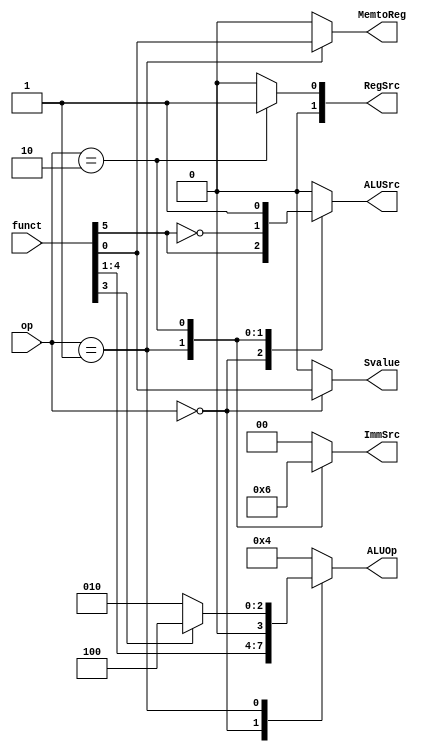
module Decoder (
	//TODO: Write input and output parameters
	input [1:0] op,
	input [5:0] funct,
	output reg MemtoReg,
	output reg ALUSrc,
	output reg [1:0] ImmSrc,
	output reg [1:0] RegSrc,
	output reg [3:0] ALUOp,
	output reg Svalue
	);
	
	always @(*)
	//TODO: Write code for decoder
	/* 
	(1) Data processing instruction 
	(2) Load, Store instruction
	(3) Branch instruction
	*/	
	
    /* 
	-----------------------------------
	   Data processing (Page 10/60  in arm_inst_set_manual2.pdf)
	   funct[5]:Immediate Operand.        0 = source operand is a register.  1 = Unsigned 8 bit immediate value
	   funct[0]:Set condition codes.      0 = do not alter condition codes.  1 = set condition codes.
	
        (From slides. Single-Cycle ARM Processor Design 2nd Term Project Single-cycle Processor)
		RegSrc[0] = 0 : ADD, SUB, CMP, MOV, LDR, STR
			Using Register[inst(19:16)]
		RegSrc[0] = 1 : B, BL
			Using Register[15] for calculating branch target address
		
	-----------------------------------
	   LDR/STR (Page 26/60  in arm_inst_set_manual2.pdf)
	   funct[5]:Immediate Operand.   0 = offset is an immediate value. Unsigned 12 bit immediate offset
	   funct[3]:Up/Down bit.         0 = down; subtract offset from base.   1 = up; add offset to base. 
	   
	   funct[0]:Load/Store bit.      0 = Store to memory. 1 = Load from memory.
				Svalue is the bit which is used for distinguishing LDR and STR instruction. 
	-----------------------------------
	   BL (Page 8/60  in arm_inst_set_manual2.pdf)
	   2s complement 24 bit offset
	*/
	begin
		case (op)
		2'b00: begin // Data processing instruction
			MemtoReg = 1'b0;
			ALUOp = funct[4:1];
			Svalue = funct[0];
			ImmSrc = 2'b00; // Unsigned 8 bit immediate value
			ALUSrc = funct[5];	
			RegSrc = 2'b00; 
		end
		2'b01: begin  // Load, Store instruction
			MemtoReg = funct[0];
			ALUOp = funct[3] ? 4'b0100 : 4'b0010; // add/sub
			//Svalue = funct[0];
			Svalue = 1'b0;			
			ImmSrc = 2'b01; // Unsigned 12 bit immediate offset	offset 
			ALUSrc = ~funct[5];
			RegSrc = 2'b00;
		end
		2'b10: begin  // Branch instruction
			MemtoReg = 1'b0;
			ALUOp = 4'b0100;
			Svalue = 1'b0;
			ImmSrc = 2'b10; // 2s complement 24 bit offset
			ALUSrc = 1'b1;			
			RegSrc = 2'b01;
		end
		default: begin
			MemtoReg = 1'b0;
			ALUOp = 4'b0100;
			Svalue = 1'b0;
			ImmSrc = 2'b00;
			ALUSrc = 1'b0;			
			RegSrc = 2'b00;		
		end		
		endcase
	end
	
endmodule

module ConditionalLogic (
	//TODO: Write input and output parameters
	input [1:0] op,	
	input [5:0] funct,	
	input [3:0] cond,
	input Zero,
	output reg PCSrc,
	output reg RegWrite,
	output reg MemWrite
	);

	//TODO: Write code for the three cases like below
	/* 
	(1) Data processing instruction 
	(2) Load, Store instruction
	(3) Branch instruction
	*/	
	reg cond_true;
	always @(*)
	begin
		case(cond)
		4'b0000: cond_true = Zero;
		4'b0001: cond_true = ~Zero;
		4'b1110: cond_true = 1'b1;
		default: cond_true = 1'b0;
		endcase
	end
	
	always @(*)
	begin
		case(op)
		2'b00: begin // Data processing instruction 
			PCSrc = 1'b0;
			MemWrite = 1'b0;
			RegWrite = cond_true & (funct[4:1] != 4'b1010); // Except CMP
		end
		2'b01: begin  // Load, Store instruction
			PCSrc = 1'b0;
			RegWrite = cond_true & funct[0]; // Load.
			MemWrite = cond_true & (~funct[0]); // Store.
		end
		2'b10: begin  // Branch instruction
			PCSrc = cond_true;
			RegWrite = 1'b0;
			MemWrite = 1'b0;
		end
		default: begin
			PCSrc = 1'b0;
			RegWrite = 1'b0;
			MemWrite = 1'b0;		
		end
		endcase
	end	
	
endmodule

module ControlUnit(
	input[3:0] NZCV,
	input[3:0] cond,
	input[1:0] op,
	input[5:0] funct,
	output[3:0] ALUOp,
	output[1:0] ImmSrc,
	output[1:0] RegSrc,
	output PCSrc,
	output RegWrite,
	output MemWrite,
	output MemtoReg,
	output ALUSrc,
	output Svalue
	);
	Decoder _decoder(
		.op			(op),
		.funct		(funct),
		.MemtoReg	(MemtoReg),
		.ALUSrc		(ALUSrc),
		.ImmSrc		(ImmSrc),
		.RegSrc		(RegSrc),
		.ALUOp 		(ALUOp),
		.Svalue		(Svalue));
	ConditionalLogic _conditional(
		.op			(op),
		.funct		(funct),
		.cond		(cond),
		.Zero		(NZCV[2]),
		.PCSrc		(PCSrc),
		.RegWrite	(RegWrite),
		.MemWrite	(MemWrite));
endmodule